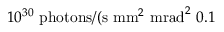
1 0 ^ { 3 0 } \ \mathrm { p h o t o n s } / ( \mathrm { s } \ \mathrm { m m } ^ { 2 } \ \mathrm { m r a d } ^ { 2 } \ 0 . 1 \